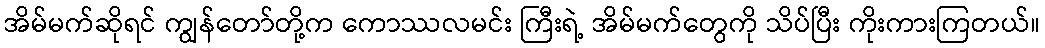
အိမ်မက်ဆိုရင် ကျွန်တော်တို့က ကောဿလမင်း ကြီးရဲ့ အိမ်မက်တွေကို သိပ်ပြီး ကိုးကားကြတယ်။